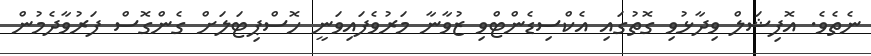
ނެތެވެ. އޮފިޝަލް ވިދާޅުވި ގޮތުގައި އެކްސިޑެންޓްވި ޒުވާނާ މަރުވެފައިވަނީ ހޮސްޕިޓަލަށް ގެންގޮސް ފަރުވާދެމުން